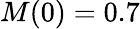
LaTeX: M(0)=0.7